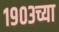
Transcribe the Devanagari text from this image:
१९०३च्या